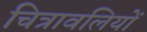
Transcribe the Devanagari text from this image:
चित्रावलियों